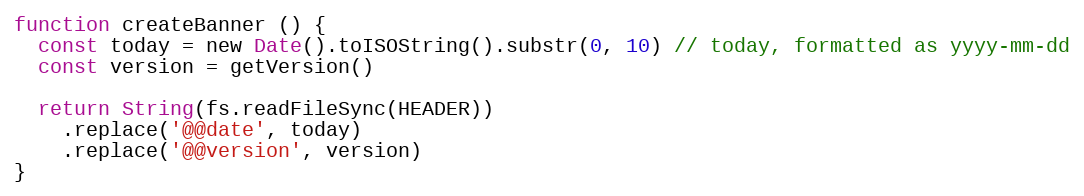
Language: JavaScript
function createBanner () {
  const today = new Date().toISOString().substr(0, 10) // today, formatted as yyyy-mm-dd
  const version = getVersion()

  return String(fs.readFileSync(HEADER))
    .replace('@@date', today)
    .replace('@@version', version)
}